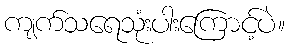
ကျက်သရေသုံးပါးကြောင့်ပဲ။